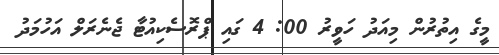
މީގެ އިތުރުން މިއަދު ހަވީރު 00: 4 ގައި ޕްރޮސެކިއުޓާ ޖެނެރަލް އަހުމަދު